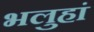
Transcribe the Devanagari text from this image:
भलुहां